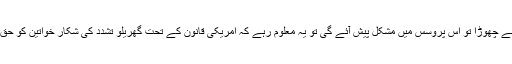
اگر آپ اپنے شوہر پر منحصر ہیں کہ وہ گرین کارڈ کے لئیے فائل کرے گا اور اگر آپ نے اسے چھوڑا تو اس پروسس میں مشکل پیش آئے گی تو یہ معلوم رہے کہ امریکی قانون کے تحت گھریلو تشدد کی شکار خواتین کو حق حاصل ہے کہ وہ یہ رشتہ چھوڑ کر اپنے بل بوتے پر خود یہ قانونی کاغذات حاصل کرسکیں۔